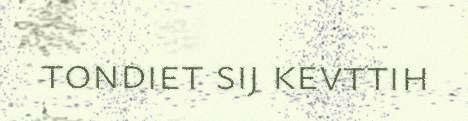
tondiet sij kevttih